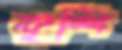
কৃশি